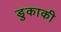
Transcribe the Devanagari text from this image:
डुकाकी